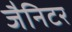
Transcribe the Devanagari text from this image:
जैनिटर